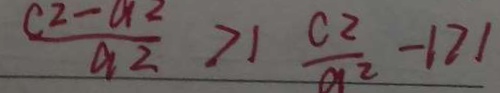
\frac { c ^ { 2 } - a ^ { 2 } } { a 2 } > 1 \frac { c ^ { 2 } } { a ^ { 2 } } - 1 7 1